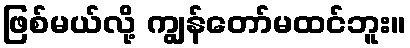
ဖြစ်မယ်လို့ ကျွန်တော်မထင်ဘူး။